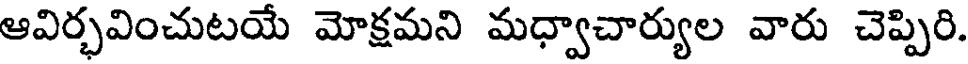
ఆవిర్భవించుటయే మోక్షమని మధ్వాచార్యుల వారు చెప్పిరి.